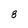
Character: 8